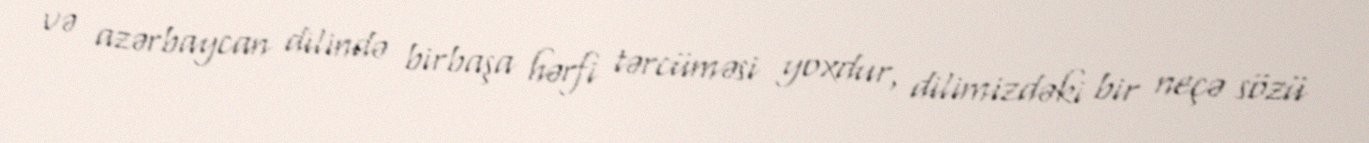
və azərbaycan dilində birbaşa hərfi tərcüməsi yoxdur, dilimizdəki bir neçə sözü